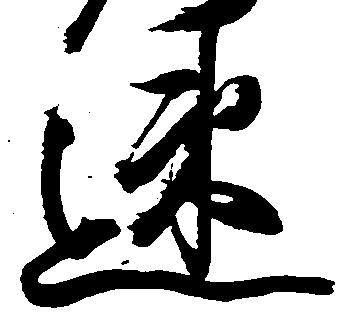
速